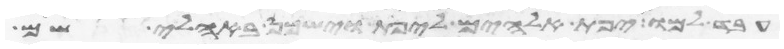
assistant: עבד למו יפת אלהים ליפת וישכן באהלי שם